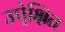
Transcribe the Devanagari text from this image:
उपे्क्षित